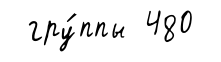
гру́ппы 480